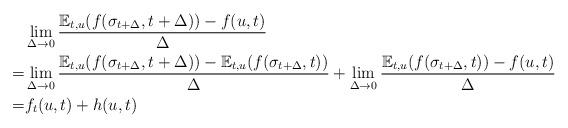
LaTeX: \begin{align*}&\lim_{\Delta\to 0}\frac{\mathbb E_{t,u} (f(\sigma_{t+\Delta},t+\Delta))-f(u,t)}{\Delta}\\=&\lim_{\Delta\to 0}\frac{\mathbb E_{t,u} (f(\sigma_{t+\Delta},t+\Delta))-\mathbb E_{t,u} (f(\sigma_{t+\Delta},t))}{\Delta}+\lim_{\Delta\to 0}\frac{\mathbb E_{t,u} (f(\sigma_{t+\Delta},t))-f(u,t)}{\Delta}\\=&f_{t}(u,t)+h(u,t)\end{align*}